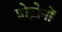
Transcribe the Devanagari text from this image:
प्रोट्रोनों